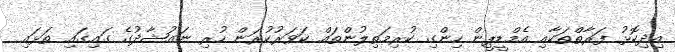
އިދިކޮޅު ފަރާތްތަކާއި އެމްޑީޕީން ހިންގި ކުރިމަތިލުންތައް ކަވަރުކުރަން ހުރި ނައުޝާދުގެ ގައިގައި ތަޅައި